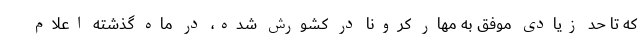
که تا حد زیادی موفق به مهار کرونا در کشورش شده، در ماه گذشته اعلام